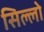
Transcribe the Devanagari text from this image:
सिल्लो